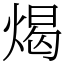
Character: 㷎